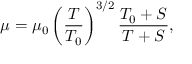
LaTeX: \mu = \mu _ { 0 } \left( { \frac { T } { T _ { 0 } } } \right) ^ { 3 / 2 } { \frac { T _ { 0 } + S } { T + S } } ,